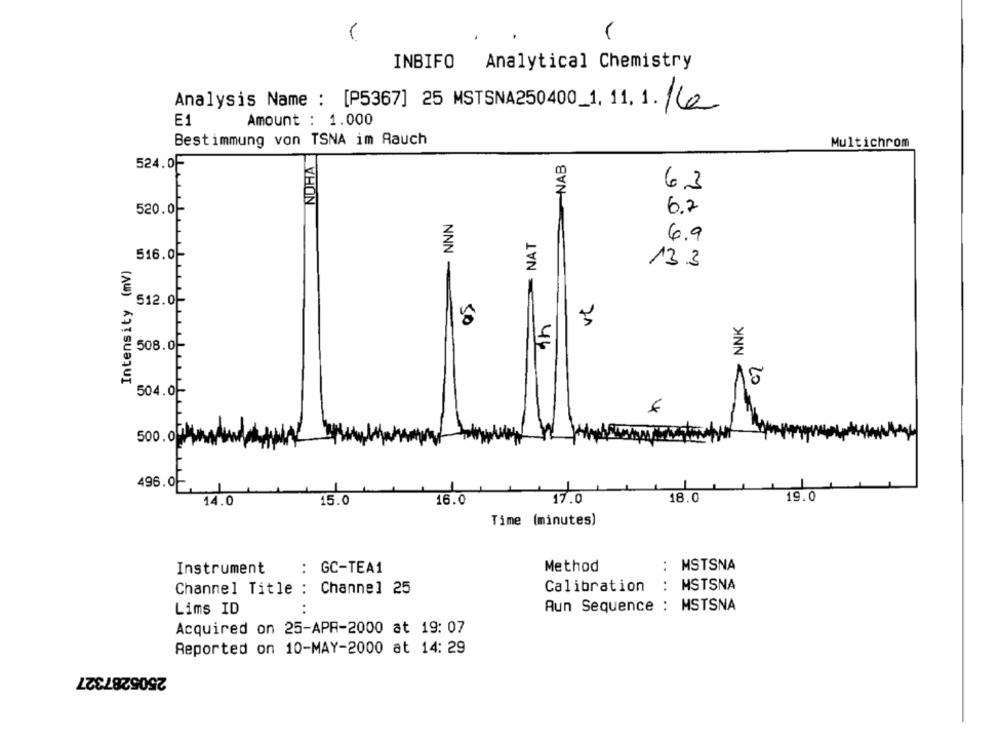
INBIFO
Analytical Chemistry
Analysis Name : [P5367] 25 MSTSNA250400_1. 11. 1. 16
E1
Amount : 1.000
Bestimmung von TSNA im Aauch
Multichrom
NOHA
NAB
524.0F
63
520.0-
NNN
6.7
- NAT
6.9
516.0-
Intensity (mV)
13.3
OS
512.0-
th
NNK
508.0-
2
504.0-
500.00
496.0
19.0
14.0
15.0
16.0
17.0
18.0
Time (minutes)
Instrument
: GC-TEA1
Method
MSTSNA
..
MSTSNA
Channel Title : Channel 25
Calibration
Aun Sequence : MSTSNA
Lims ID
Acquired on 25-APR-2000 at 19: 07
Reported on 10-MAY-2000 at 14: 29
2505287327